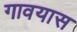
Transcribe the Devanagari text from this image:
गावयास